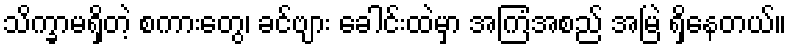
သိက္ခာမရှိတဲ့ စကားတွေ၊ ခင်ဗျား ခေါင်းထဲမှာ အကြံအစည် အမြဲ ရှိနေတယ်။